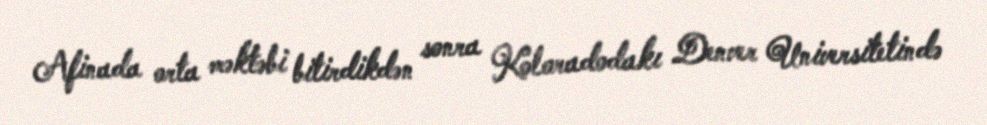
Afinada orta məktəbi bitirdikdən sonra Koloradodakı Denver Universitetində